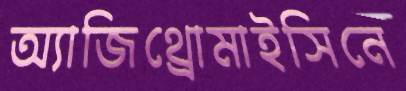
অ্যাজিথ্রোমাইসিনে